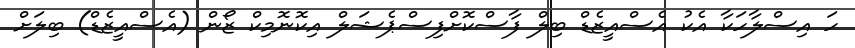
ހަ އިސްލާހަކާ އެކު އެސްއީޒެޑް ބިލް ފާސްކޮށްފިސްޕެޝަލް އިކޮނޮމިކް ޒޯން (އެސްއީޒެޑް) ބިލަށް